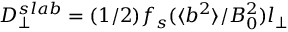
D _ { \perp } ^ { s l a b } = ( 1 / 2 ) f _ { s } ( \langle b ^ { 2 } \rangle / B _ { 0 } ^ { 2 } ) l _ { \perp }